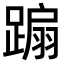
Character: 𨃩